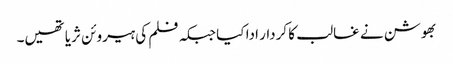
بھوشن نے غالب کا کردار ادا کیا جبکہ فلم کی ہیروئن ثریا تھیں۔